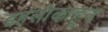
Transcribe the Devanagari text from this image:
इहलोकाहून